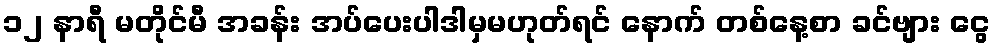
၁၂ နာရီ မတိုင်မီ အခန်း အပ်ပေးပါဒါမှမဟုတ်ရင် နောက် တစ်နေ့စာ ခင်ဗျား ငွေ